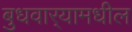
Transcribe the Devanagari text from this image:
बुधवार्‍यामधील